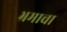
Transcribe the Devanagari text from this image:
भ्रमाचा